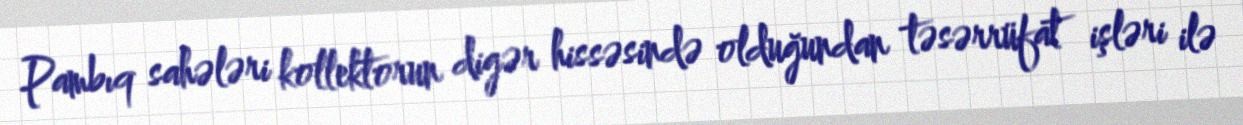
Pambıq sahələri kollektorun digər hissəsində olduğundan təsərrüfat işləri ilə